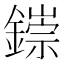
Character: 𫓁